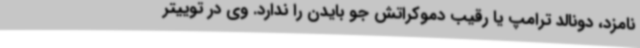
نامزد، دونالد ترامپ یا رقیب دموکراتش جو بایدن را ندارد. وی در توییتر